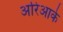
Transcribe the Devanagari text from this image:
अरिआके